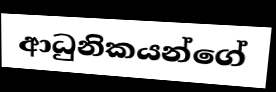
ආධුනිකයන්ගේ